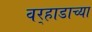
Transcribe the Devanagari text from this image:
वर्‍हाडाच्या